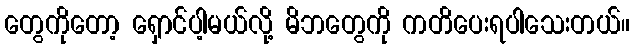
တွေကိုတော့ ရှောင်ပါ့မယ်လို့ မိဘတွေကို ကတိပေးရပါသေးတယ်။